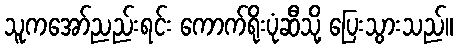
သူကအော်ညည်းရင်း ကောက်ရိုးပုံဆီသို့ ပြေးသွားသည်။